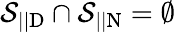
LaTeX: \mathcal{S}_{||\mathrm{D}}\cap\mathcal{S}_{||\mathrm{N}}=\emptyset